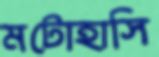
মটোহাসি